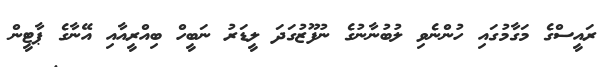
ރައީސްގެ މަގާމުގައި ހުންނެވި ލުބުނާނުގެ ނުފޫޒުގަދަ ލީޑަރު ނަބީހް ބިއްރީއާއި އޭނާގެ ޕާޓީން